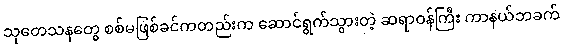
သုတေသနတွေ စစ်မဖြစ်ခင်ကတည်းက ဆောင်ရွက်သွားတဲ့ ဆရာဝန်ကြီး ကာနယ်ဘခက်